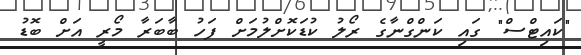
"ކައިޓްސް" ގައި ކަންގްނާގެ ރޯލު ކުޑަކޮށްލުމަށް ފަހު ބާބަރާ މޯރީ އަށް ބޮޑު